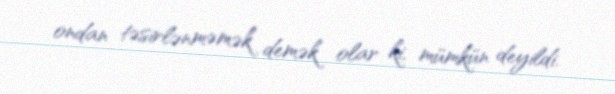
ondan təsirlənməmək demək olar ki, mümkün deyildi.